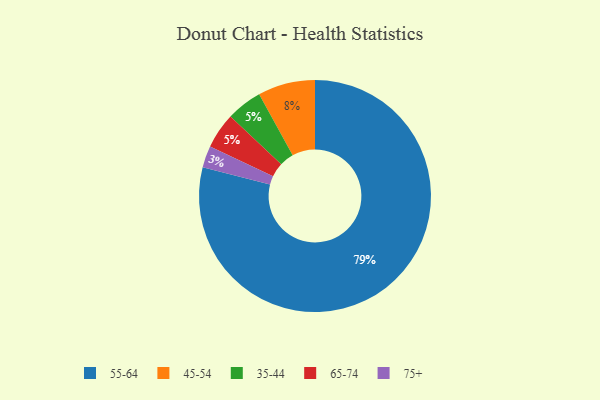
{"axis": {"x": "Category", "y": "Percentage"}, "legend": ["35-44", "45-54", "55-64", "65-74", "75+"], "data": [{"x": "55-64", "y": 79, "type": "55-64"}, {"x": "75+", "y": 3, "type": "75+"}, {"x": "35-44", "y": 5, "type": "35-44"}, {"x": "65-74", "y": 5, "type": "65-74"}, {"x": "45-54", "y": 8, "type": "45-54"}]}